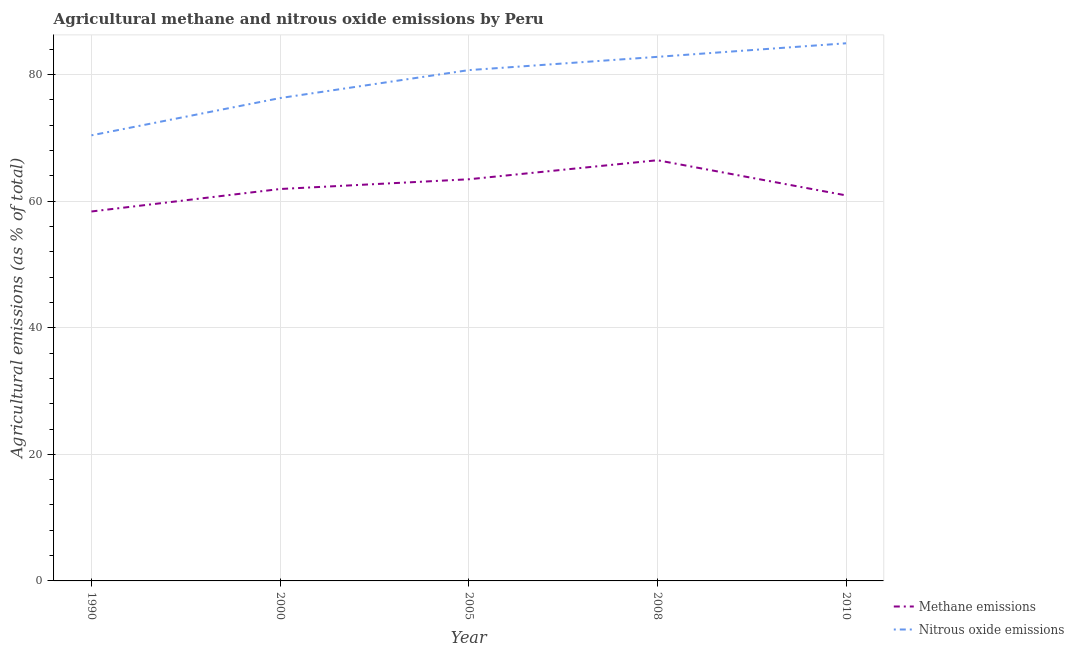
| Year | Methane emissions | Nitrous oxide emissions |
 | --- | --- | --- |
 | 1990 | 58.4 | 70.4 |
 | 2000 | 61.9 | 76.3 |
 | 2005 | 63.5 | 80.7 |
 | 2008 | 66.5 | 82.8 |
 | 2010 | 60.9 | 85 |